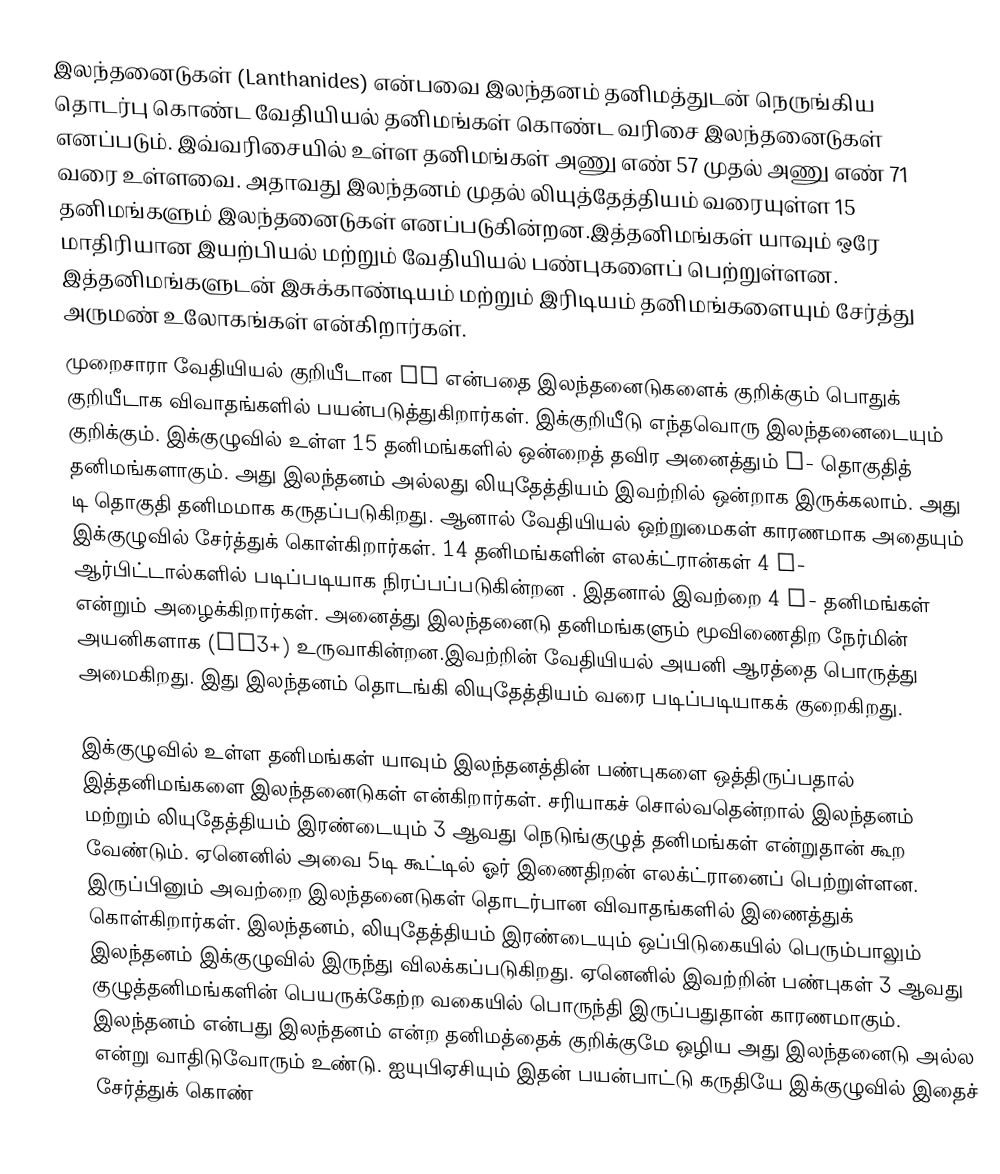
இலந்தனைடுகள் (Lanthanides) என்பவை இலந்தனம் தனிமத்துடன் நெருங்கிய தொடர்பு கொண்ட  வேதியியல் தனிமங்கள் கொண்ட  வரிசை இலந்தனைடுகள் எனப்படும். இவ்வரிசையில் உள்ள தனிமங்கள் அணு எண் 57 முதல் அணு எண் 71 வரை உள்ளவை. அதாவது இலந்தனம்  முதல் லியுத்தேத்தியம் வரையுள்ள 15 தனிமங்களும் இலந்தனைடுகள் எனப்படுகின்றன.இத்தனிமங்கள் யாவும் ஒரே மாதிரியான இயற்பியல் மற்றும் வேதியியல் பண்புகளைப் பெற்றுள்ளன. இத்தனிமங்களுடன் இசுக்காண்டியம் மற்றும் இரிடியம் தனிமங்களையும் சேர்த்து அருமண் உலோகங்கள் என்கிறார்கள்.
முறைசாரா வேதியியல் குறியீடான Ln என்பதை இலந்தனைடுகளைக் குறிக்கும் பொதுக் குறியீடாக விவாதங்களில் பயன்படுத்துகிறார்கள். இக்குறியீடு எந்தவொரு இலந்தனைடையும் குறிக்கும். இக்குழுவில் உள்ள 15 தனிமங்களில் ஒன்றைத் தவிர அனைத்தும் f- தொகுதித் தனிமங்களாகும். அது இலந்தனம் அல்லது லியுதேத்தியம் இவற்றில் ஒன்றாக இருக்கலாம். அது டி தொகுதி தனிமமாக கருதப்படுகிறது. ஆனால் வேதியியல் ஒற்றுமைகள் காரணமாக அதையும் இக்குழுவில் சேர்த்துக் கொள்கிறார்கள். 14 தனிமங்களின் எலக்ட்ரான்கள் 4 f- ஆர்பிட்டால்களில் படிப்படியாக நிரப்பப்படுகின்றன . இதனால் இவற்றை 4 f- தனிமங்கள் என்றும் அழைக்கிறார்கள். அனைத்து இலந்தனைடு தனிமங்களும் மூவிணைதிற நேர்மின் அயனிகளாக (Ln3+) உருவாகின்றன.இவற்றின் வேதியியல் அயனி ஆரத்தை பொருத்து அமைகிறது. இது இலந்தனம் தொடங்கி லியுதேத்தியம் வரை படிப்படியாகக் குறைகிறது.

இக்குழுவில் உள்ள தனிமங்கள் யாவும் இலந்தனத்தின் பண்புகளை ஒத்திருப்பதால் இத்தனிமங்களை இலந்தனைடுகள் என்கிறார்கள். சரியாகச் சொல்வதென்றால் இலந்தனம் மற்றும் லியுதேத்தியம் இரண்டையும்  3 ஆவது நெடுங்குழுத் தனிமங்கள் என்றுதான் கூற வேண்டும். ஏனெனில் அவை 5டி கூட்டில் ஓர் இணைதிறன் எலக்ட்ரானைப் பெற்றுள்ளன. இருப்பினும் அவற்றை இலந்தனைடுகள் தொடர்பான விவாதங்களில் இணைத்துக் கொள்கிறார்கள். இலந்தனம், லியுதேத்தியம் இரண்டையும் ஒப்பிடுகையில் பெரும்பாலும் இலந்தனம் இக்குழுவில் இருந்து விலக்கப்படுகிறது. ஏனெனில் இவற்றின் பண்புகள் 3 ஆவது குழுத்தனிமங்களின் பெயருக்கேற்ற வகையில் பொருந்தி இருப்பதுதான் காரணமாகும். இலந்தனம் என்பது இலந்தனம் என்ற தனிமத்தைக் குறிக்குமே ஒழிய அது இலந்தனைடு அல்ல என்று வாதிடுவோரும் உண்டு. ஐயுபிஏசியும் இதன் பயன்பாட்டு கருதியே இக்குழுவில் இதைச் சேர்த்துக் கொண்